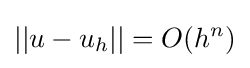
||u-u_{h}||=O(h^{n})